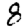
Digit: 8